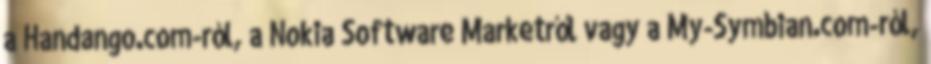
a Handango.com-ról, a Nokia Software Marketről vagy a My-Symbian.com-ról,